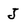
Character: J